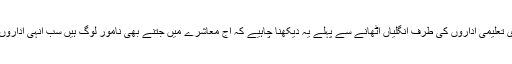
ویسے بھی سرکاری تعلیمی اداروں کی طرف انگلیاں اٹھانے سے پہلے یہ دیکھنا چاہیے کہ آج معاشرے میں جتنے بھی نامور لوگ ہیں سب انہی اداروں کا حصہ رہے ہیں۔